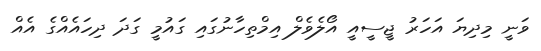
ވަނީ މިދިޔަ އަހަރު ޖީސީއީ އޯލެވެލް އިމްތިހާނުގައި ގައުމީ ގަދަ ދިހައެއްގެ އެއް